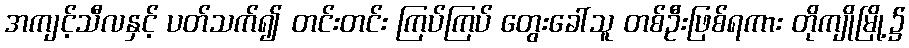
အကျင့်သီလနှင့် ပတ်သက်၍ တင်းတင်း ကြပ်ကြပ် တွေးခေါ်သူ တစ်ဦးဖြစ်ရကား တိုကျိုမြို့၌